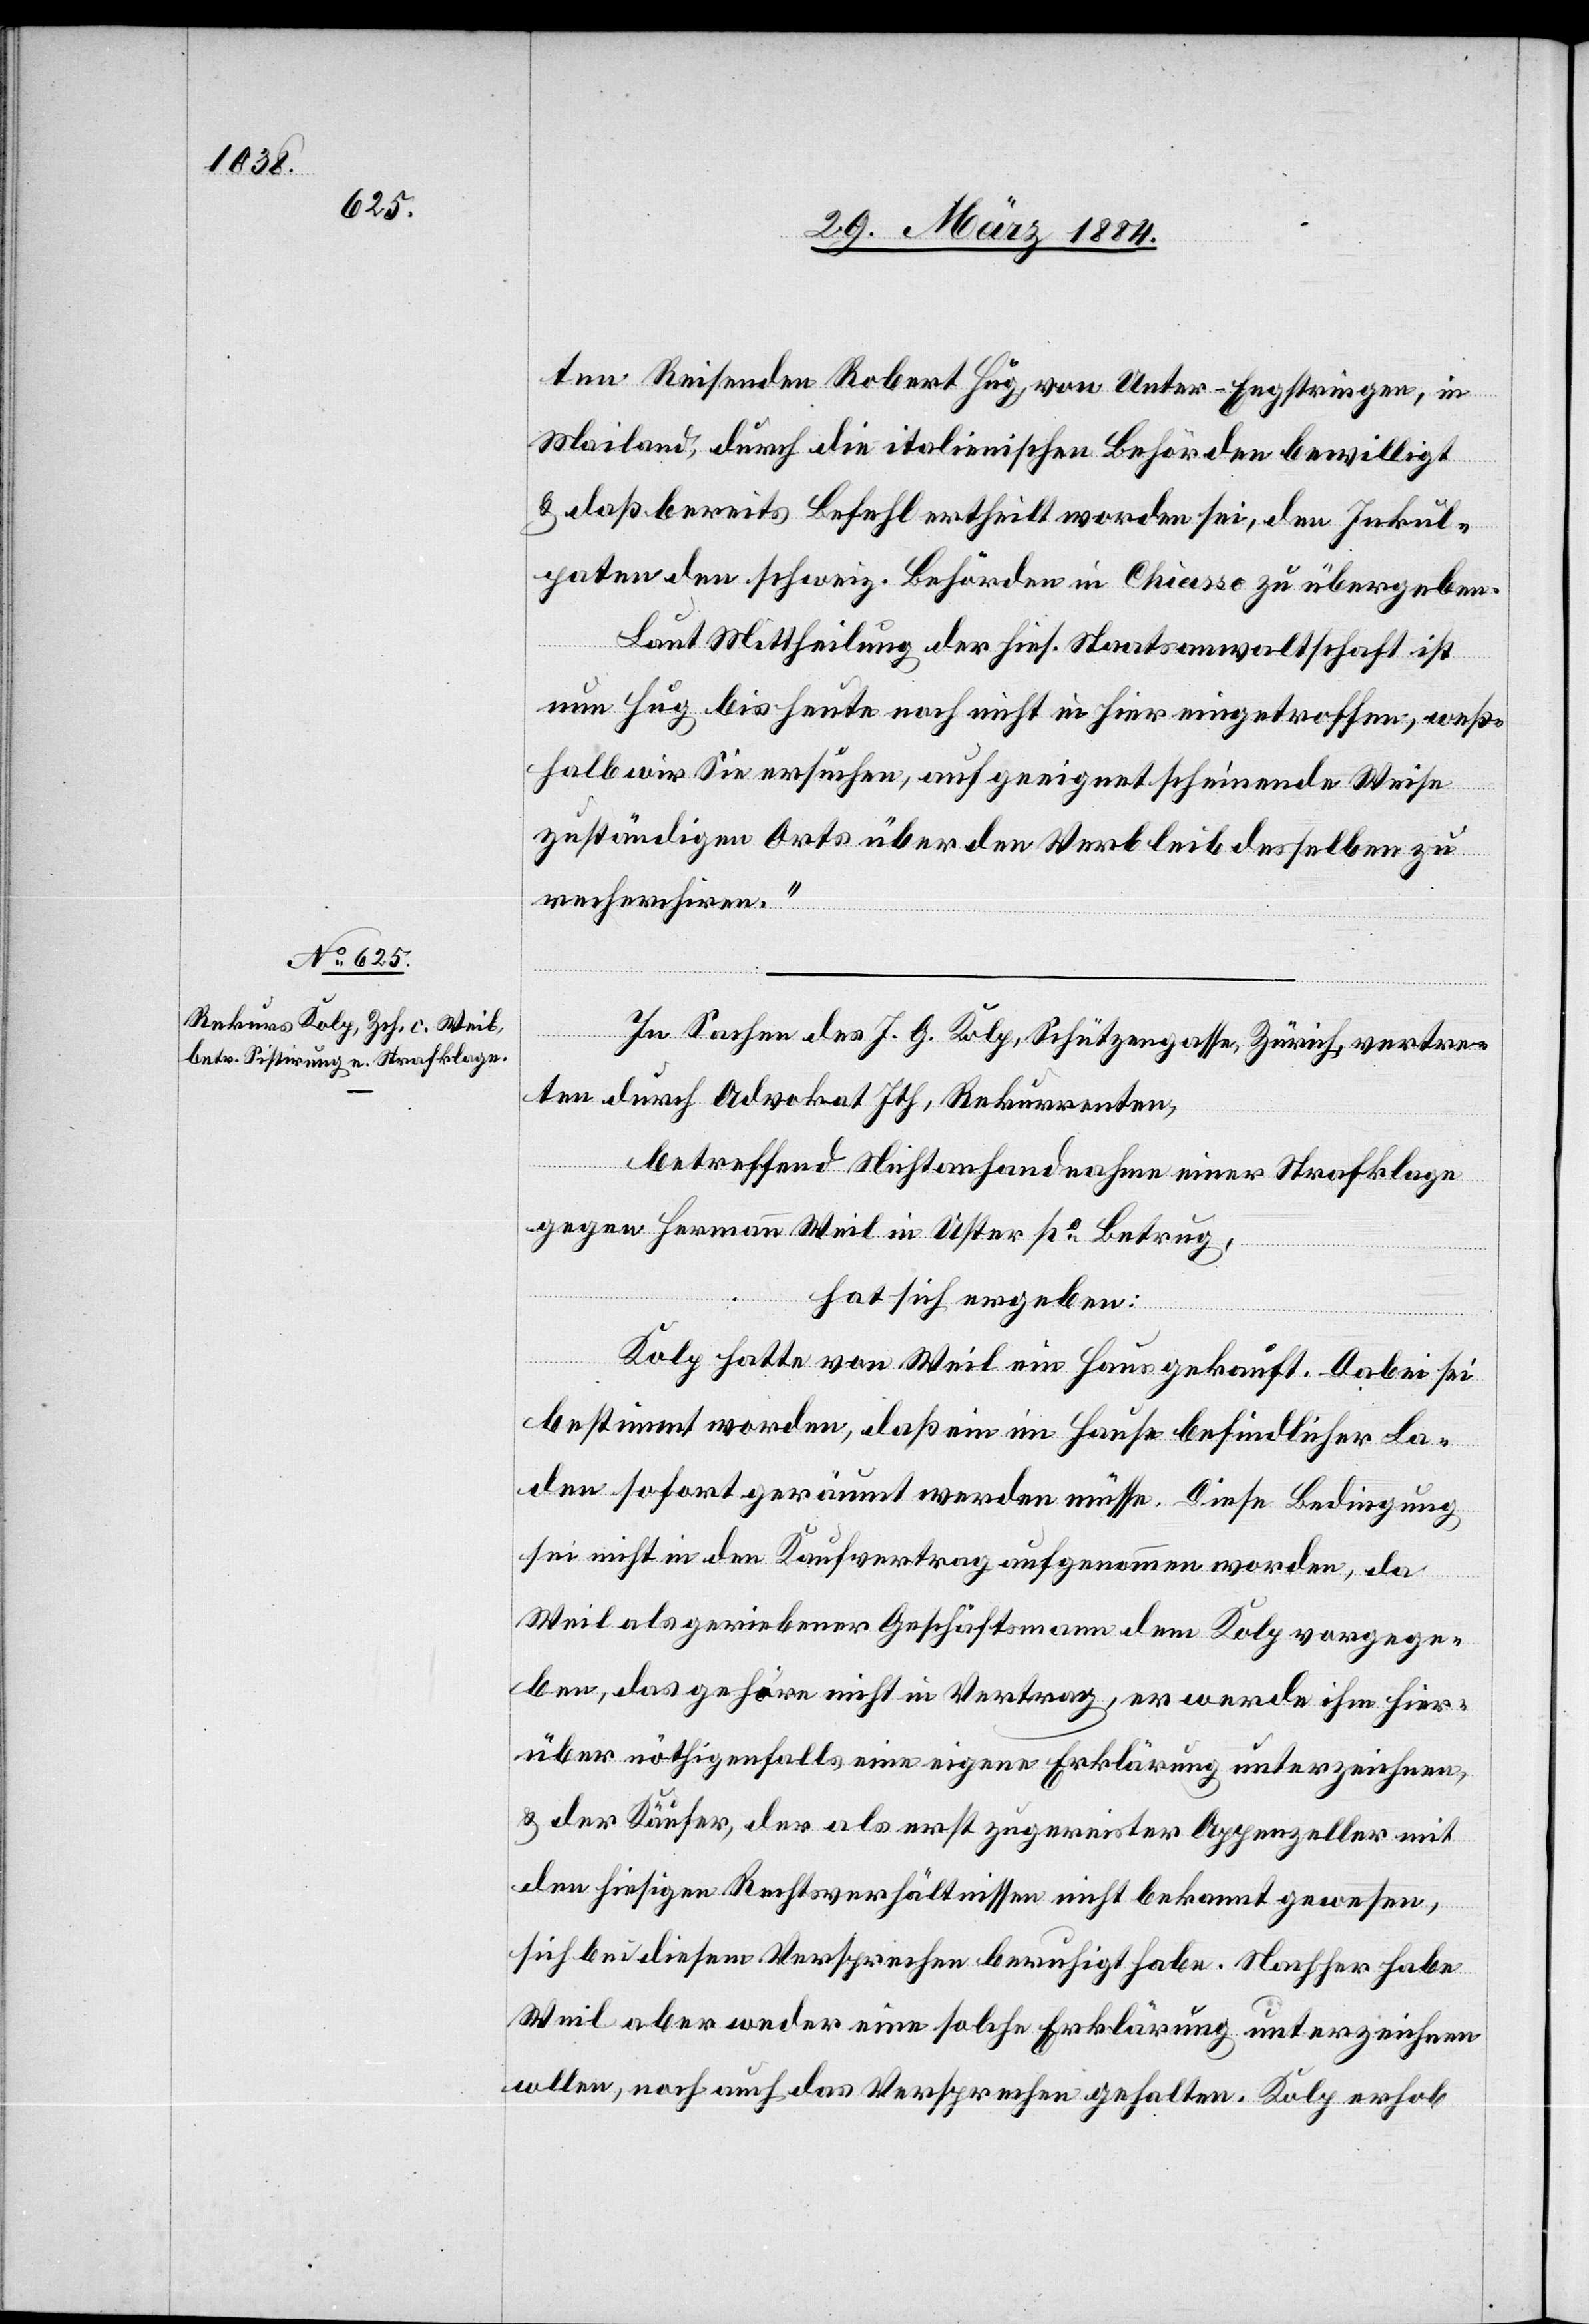
ten Reisenden Robert Hug, von Unter-Engstringen, in
Mailand, durch die italienischen Behörden bewilligt
& daß bereits Befehl ertheilt worden sei, den Inkul¬
paten den schweiz. Behörden in Chiasso zu übergeben.
Laut Mittheilung der hies. Staatsanwaltschaft ist
nun Hug bis heute noch nicht in hier eingetroffen, weß¬
halb wir Sie ersuchen, auf geeignet scheinende Weise
zuständigen Orts über den Verbleib desselben zu
recherchiren.“
In Sachen des J. G. Kolp, Schützengasse, Zürich, vertre¬
ten durch Advokat Ith, Rekurrenten,
betreffend Nichtanhandnahme einer Strafklage
gegen Hermann Weil in Uster po Betrug,
hat sich ergeben:
Kolp hatte von Weil ein Haus gekauft. Dabei sei
bestimmt worden, daß ein im Hause befindlicher La¬
den sofort geräumt werden müsse. Diese Bedingung
sei nicht in den Kaufvertrag aufgenommen worden, da
Weil als getriebener Geschäftsmann dem Kolp vorgegan¬
gen, das gehöre nicht in Vertrag, er werde ihm hier¬
über nöthigenfalls eine eigene Erklärung unterzeichnen,
& der Käufer, der als erst zugereister Appenzeller mit
den hiesigen Rechtsverhältnissen nicht bekannt gewesen,
sich bei diesem Versprechen beruhigt habe. Nachher habe
Weil aber weder eine solche Erklärung unterzeichnen
w[o]llen, noch auch das Versprechen gehalten. Kolp erhob